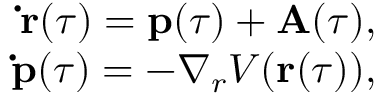
\begin{array} { r } { \mathbf { \dot { r } } ( \tau ) = \mathbf { p } ( \tau ) + \mathbf { A } ( \tau ) , } \\ { \mathbf { \dot { p } } ( \tau ) = - \nabla _ { r } V ( \mathbf { r } ( \tau ) ) , } \end{array}